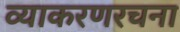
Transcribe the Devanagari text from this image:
व्याकरणरचना